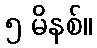
၅ မိနစ်။